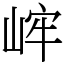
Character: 㟉